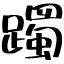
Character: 躅